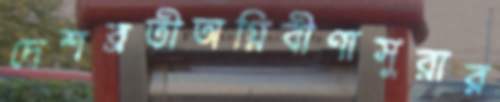
দেশব্রতীঅগ্নিবীণাসুরার